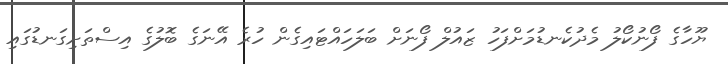
ޔޫހާގެ ފޯނުކޯލު މެދުކެނޑުމަށްފަހު ޒައުލް ފޯނަށް ބަލަހައްޓައިގެން ހުރެ އޭނަގެ ބޮލުގެ އިސްތަށިގަނޑުގައި